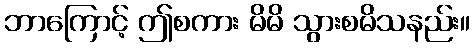
ဘာကြောင့် ဤစကား မိမိ သွားစမိသနည်း။